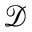
\mathcal { D }